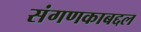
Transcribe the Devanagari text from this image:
संगणकाबद्दल